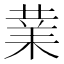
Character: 𭪙